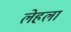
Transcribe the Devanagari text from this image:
लेहला